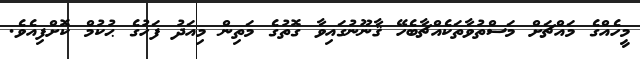
މީހެއްގެ މައްޗަށް މަސްތުވާތަކެއްޗާބެހޭ ޤާނޫނުގައިވާ ގޮތުގެ މަތިން މިއަދު ފަހުގެ ޙުކުމް ކޮށްފިއެވެ.